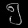
Digit: ၅